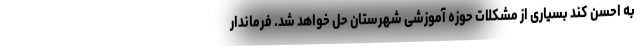
به احسن کند بسیاری از مشکلات حوزه آموزشی شهرستان حل خواهد شد. فرماندار